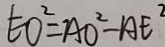
E O ^ { 2 } = A O ^ { 2 } - A E ^ { 2 }